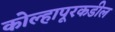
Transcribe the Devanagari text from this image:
कोल्हापूरकडील